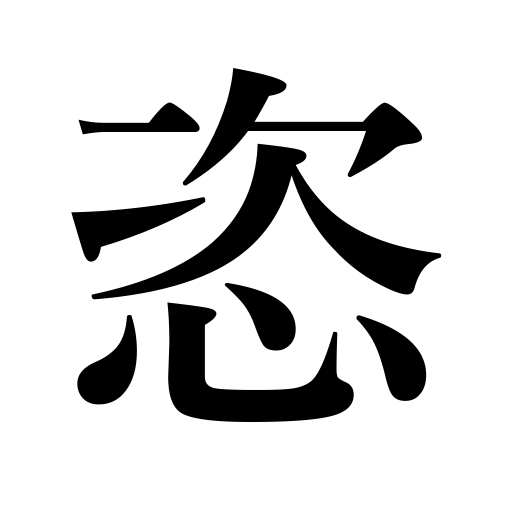
Meanings: arbitrary,selfish,wayward,self-indulgent